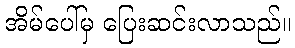
အိမ်ပေါ်မှ ပြေးဆင်းလာသည်။